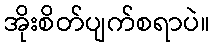
အိုးစိတ်ပျက်စရာပဲ။